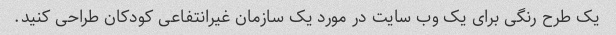
یک طرح رنگی برای یک وب سایت در مورد یک سازمان غیرانتفاعی کودکان طراحی کنید.